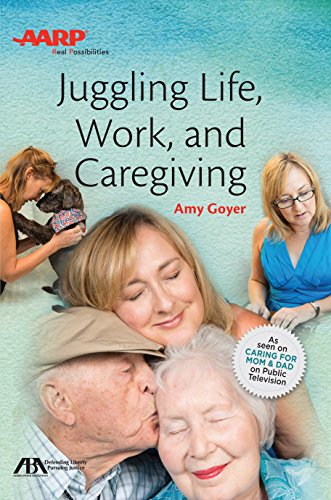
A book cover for Juggling Life, Work, and Caregiving; Amy Goyer; Law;